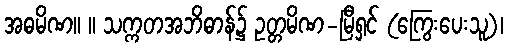
အဓမိဏ။ ။ သက္ကတအဘိဓာန်၌ ဥတ္တမိဏ-မြီရှင် (ကြွေးပေးသူ)၊